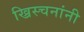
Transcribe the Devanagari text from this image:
ख्रिस्चनांनी